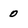
Character: 0